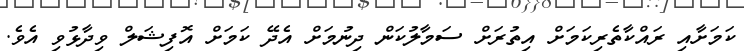
ކަމަށާއި ރައްކާތެރިކަމަށް އިތުރަށް ސަމާލުކަން ދިނުމަށް އެދޭ ކަމަށް އޮފިޝަލް ވިދާޅުވި އެވެ.